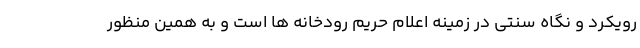
رویکرد و نگاه سنتی در زمینه اعلام حریم رودخانه ها است و به همین منظور